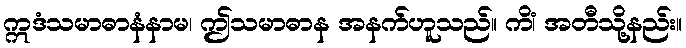
ဣဒံသမာဓာနံနာမ၊ ဤသမာဓာန အနက်ဟူသည်။ ကိံ၊ အတီသို့နည်း။